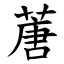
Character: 蓎